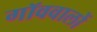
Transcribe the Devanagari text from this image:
गॉववालों